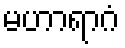
မဟာရာဂံ